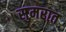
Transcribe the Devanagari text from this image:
सुमरात